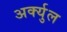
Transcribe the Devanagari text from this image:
अर्क्युल